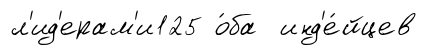
л'ид'ерам'и125 о́ба инд'е́йцев